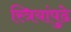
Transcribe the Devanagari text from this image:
स्त्रियांपुढे